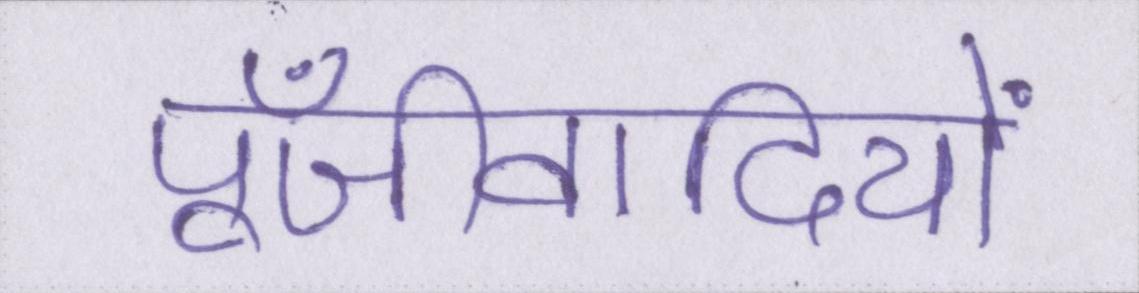
पूँजीवादियों